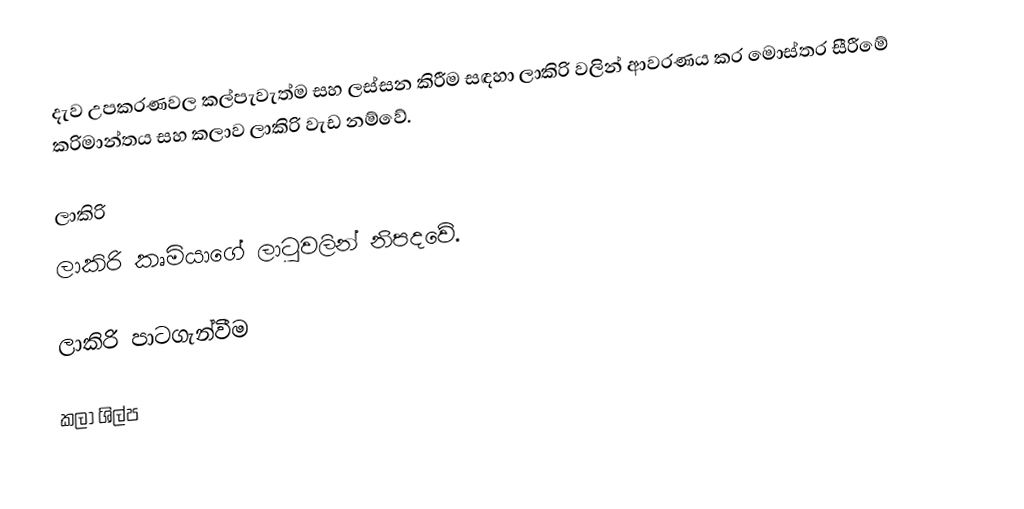
දැව උපකරණවල කල්පැවැත්ම සහ ලස්සන කිරීම සඳහා ලාකිරි වලින් ආවරණය කර මොස්තර සීරීමේ කරිමාන්තය සහ කලාව  ලාකිරි වැඩ නම්වේ.

ලාකිරි
ලාකිරි කෘමියාගේ ලාටුවලින් නිපදවේ.

ලාකිරි පාටගැන්වීම

කලා ශිල්ප